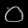
Digit: ၀